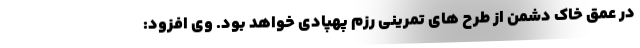
در عمق خاک دشمن از طرح های تمرینی رزم پهپادی خواهد بود. وی افزود: